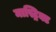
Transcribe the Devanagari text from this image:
मास्ट्रिक्ट